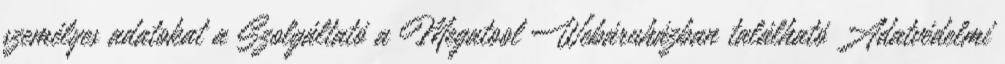
személyes adatokat a Szolgáltató a Megatool Webáruházban található Adatvédelmi